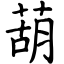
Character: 葫